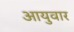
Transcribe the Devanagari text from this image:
आयुवार